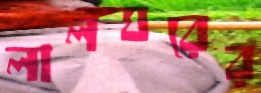
লালঘরের